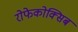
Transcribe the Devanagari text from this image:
रोफेकोक्सिब